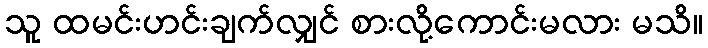
သူ ထမင်းဟင်းချက်လျှင် စားလို့ကောင်းမလား မသိ။